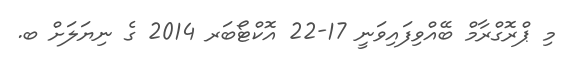
މި ޕްރޮގްރާމް ބޭއްވިފައިވަނީ 17-22 އޮކްޓޯބަރ 2014 ގެ ނިޔަލަށް ބ.